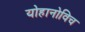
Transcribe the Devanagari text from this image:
योहानोविच